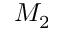
M _ { 2 }